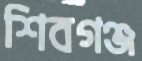
শিবগঞ্জ